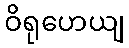
ဝိရုဟေယျ